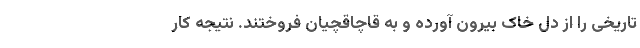
تاریخی را از دل خاک بیرون آورده و به قاچاقچیان فروختند. نتیجه کار